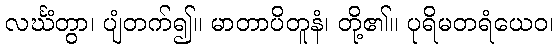
လင်္ဃံတွာ၊ ပျံတက်၍။ မာတာပိတူနံ၊ တို့၏။ ပုရိမတရံယေဝ၊